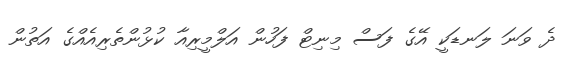
ދެ ވަނަ ލަނޑަކީ އޭގެ ފަސް މިނިޓް ފަހުން އަލްމީރިއާ ކުޅުންތެރިއެއްގެ އަތުން